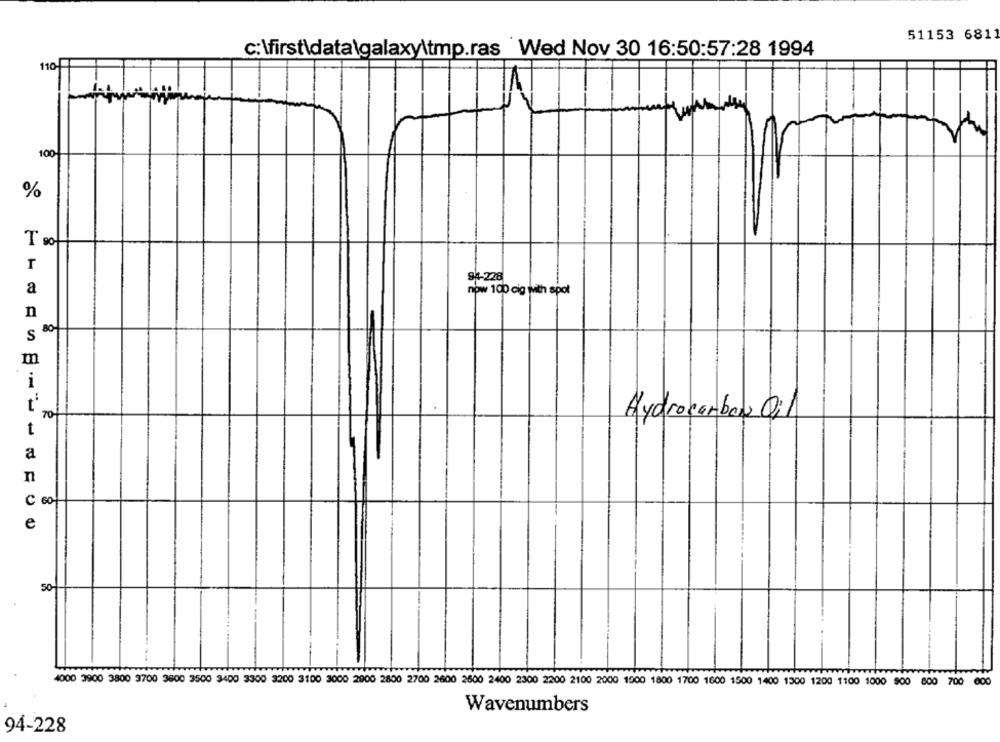
51153 6811
c:\first\data\galaxy\tmp.ras Wed Nov 30 16:50:57:28 1994
110 .!
100
%
T 80
94-228
a
now 100 cig with spot
n
80
S
m
i
70
Hydrocarbon Oil
t
a
n
C 60
C
e
50
4000 3900 3800 3700 3600 3500 3400 3300 3200 3100 3000 2900 2800 2700 2600 2600 2400 2300 2200 2100 2000 1900 1800 1700 1600 1500 1400 1300 1200 1100 1000 900 800 700 000
Wavenumbers
94-228